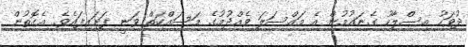
ދުވަހު އިސްލާހު ގެނައުމުން އެ މައްސަލަ ވެއްދުމުގެ މަސައްކަތް ވަނީ ފަށައިފައެވެ. އެގޮތުން